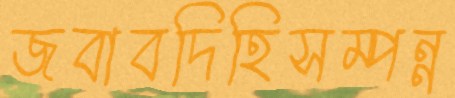
জবাবদিহিসম্পন্ন